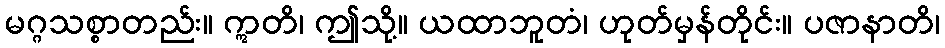
မဂ္ဂသစ္စာတည်း။ ဣတိ၊ ဤသို့။ ယထာဘူတံ၊ ဟုတ်မှန်တိုင်း။ ပဇာနာတိ၊